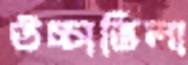
উচ্চাভিলা